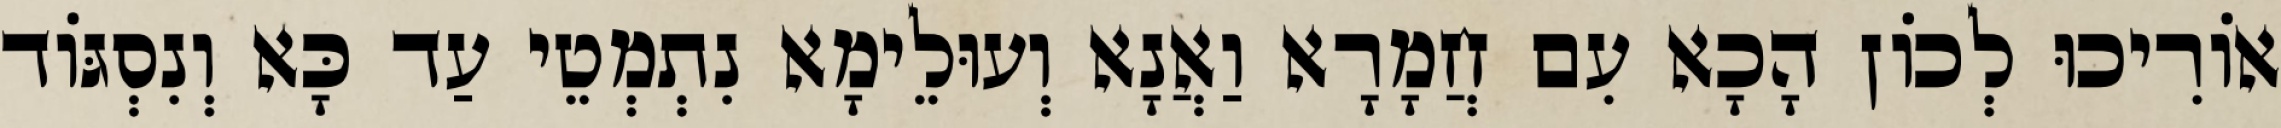
אוֹרִיכוּ לְכוֹן הָכָא עִם חֲמָרָא וַאֲנָא וְעוּלֵימָא נִתְמְטֵי עַד כָּא וְנִסְגּוֹד